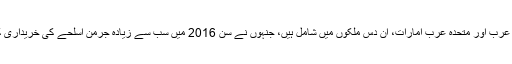
سعودی عرب اور متحدہ عرب امارات، ان دس ملکوں میں شامل ہیں، جنہوں نے سن 2016 میں سب سے زیادہ جرمن اسلحے کی خریداری کی تھی۔